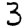
Digit: 3